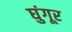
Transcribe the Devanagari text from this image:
घुंगूर